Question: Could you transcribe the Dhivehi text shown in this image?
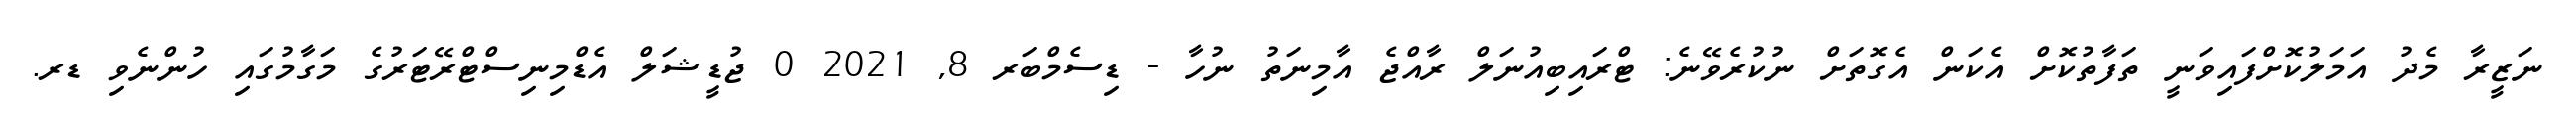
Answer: ނަޒީރާ މެދު އަމަލުކޮށްފައިވަނީ ތަފާތުކޮށް އެކަން އެގޮތަށް ނުކުރެވޭނެ: ޓްރައިބިއުނަލް ރާއްޖެ އާމިނަތު ނުހާ - ޑިސެމްބަރ 8, 2021 0 ޖުޑީޝަލް އެޑްމިނިސްޓްރޭޓަރުގެ މަގާމުގައި ހުންނެވި ޑރ.